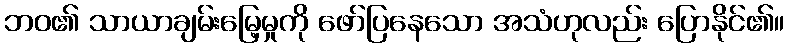
ဘဝ၏ သာယာချမ်းမြေ့မှုကို ဖော်ပြနေသော အသံဟုလည်း ပြောနိုင်၏။